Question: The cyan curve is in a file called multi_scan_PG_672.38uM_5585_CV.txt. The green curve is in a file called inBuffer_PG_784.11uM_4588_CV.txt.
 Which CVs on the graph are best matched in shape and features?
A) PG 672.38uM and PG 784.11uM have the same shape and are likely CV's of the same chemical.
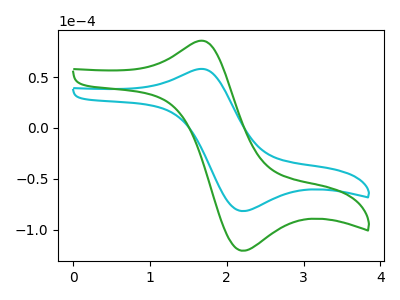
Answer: <think>The cyan curve "PG 672.38uM" has an anodic peak at (1.65V, 57.80uA) and a cathodic peak at (2.20V, -81.55uA). The green curve "PG 784.11uM" has an anodic peak at (1.65V, 85.35uA) and a cathodic peak at (2.20V, -120.45uA).
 All the peaks in "PG 672.38uM" have a peak in "PG 784.11uM" at the same potential. Every peak in "PG 672.38uM" is lower than every peak in "PG 784.11uM".</think>
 <answer>A) "PG 672.38uM" and "PG 784.11uM" have the same shape and are likely CV's of the same chemical.</answer>
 <eval>A</eval>